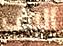
الإف